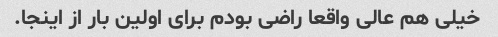
خیلی هم عالی واقعا راضی بودم برای اولین بار از اینجا.